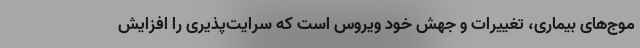
موج‌های بیماری، تغییرات و جهش خود ویروس است که سرایت‌پذیری را افزایش